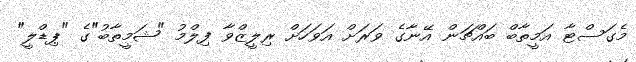
މެގަސްޓާ އަމީތާބް ބައްޗަން އޭނާގެ ވަރަށް އަވަހަށް ރިލީޒްވާ ފިލްމު "ޝަމީތާބު"ގެ "ޕިޑްލީ"